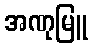
အဏုမြူ